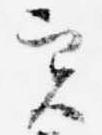
実